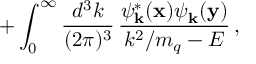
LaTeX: + \int _ { 0 } ^ { \infty } { \frac { d ^ { 3 } k } { ( 2 \pi ) ^ { 3 } } } \, { \frac { \psi _ { \bf k } ^ { * } ( { \bf x } ) \psi _ { \bf k } ( { \bf y } ) } { k ^ { 2 } / m _ { q } - E } } \, ,